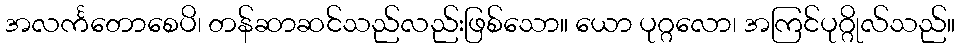
အလင်္ကတောစေပိ၊ တန်ဆာဆင်သည်လည်းဖြစ်သော။ ယော ပုဂ္ဂလော၊ အကြင်ပုဂ္ဂိုလ်သည်။